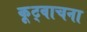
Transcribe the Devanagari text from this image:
कूट्वाचना